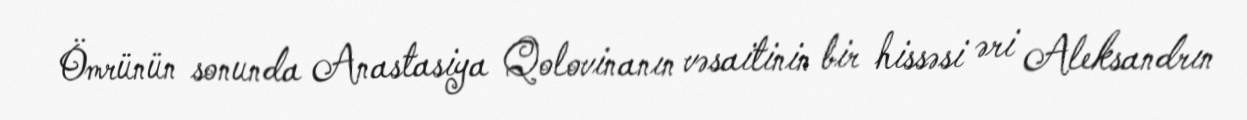
Ömrünün sonunda Anastasiya Qolovinanın vəsaitinin bir hissəsi əri Aleksandrın